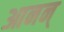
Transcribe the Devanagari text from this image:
आनन्